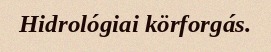
Hidrológiai körforgás.